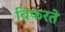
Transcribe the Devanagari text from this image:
बिफरते